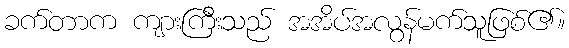
ခက်တာက ကျားကြီးသည် အအိပ်အလွန်မက်သူဖြစ်၏။